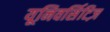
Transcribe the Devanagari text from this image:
यूनिवर्सिटिज़